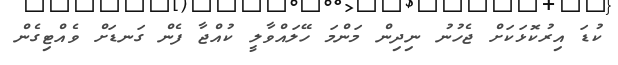
ކުޑަ އިރުކޮޅަކަށް ޖެހުނު ނިދިން މަންމަ ހޭލައްވާލީ ކުއްޖާ ފެން ގަނޑަށް ވެއްޓިގެން